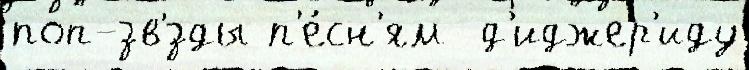
поп-зв'́зды п'е́сн'ям  д'иджер'иду